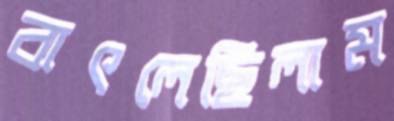
বাৎলেছিলাম